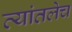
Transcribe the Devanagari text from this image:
त्यांतलेच